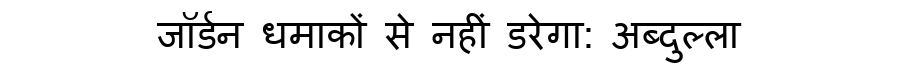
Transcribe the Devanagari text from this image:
जॉर्डन धमाकों से नहीं डरेगा: अब्दुल्ला